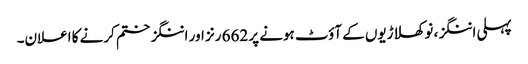
پہلی اننگز، نو کھلاڑیوں کے آؤٹ ہونے پر 662 رنز اور اننگز ختم کرنے کا اعلان۔